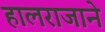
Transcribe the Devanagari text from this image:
हालराजाने